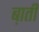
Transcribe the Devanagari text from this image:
ब़ाती